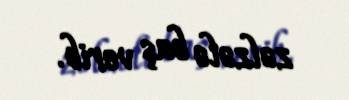
zəlzələ baş verib.